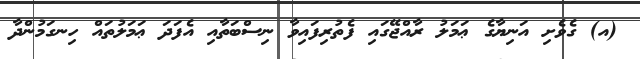
(އ) ގެވެށި އަނިޔާގެ ޢަމަލު ރާއްޖޭގައި ފެތުރިފައިވާ ނިސްބަތާއި އެފަދަ ޢަމަލުތައް ހިނގަމުންދާ